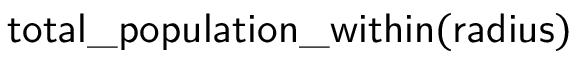
\mathsf { t o t a l \_ p o p u l a t i o n \_ w i t h i n ( r a d i u s ) }